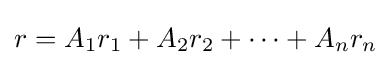
r=A_{1}r_{1}+A_{2}r_{2}+\cdots +A_{n}r_{n}